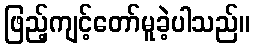
ဖြည့်ကျင့်တော်မူခဲ့ပါသည်။